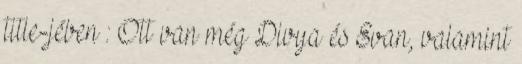
title-jében : Ott van még Divya és Evan, valamint